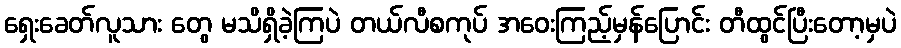
ရှေးခေတ်လူသား တွေ မသိရှိခဲ့ကြပဲ တယ်လီစကုပ် အဝေးကြည့်မှန်ပြောင်း တီထွင်ပြီးတော့မှပဲ